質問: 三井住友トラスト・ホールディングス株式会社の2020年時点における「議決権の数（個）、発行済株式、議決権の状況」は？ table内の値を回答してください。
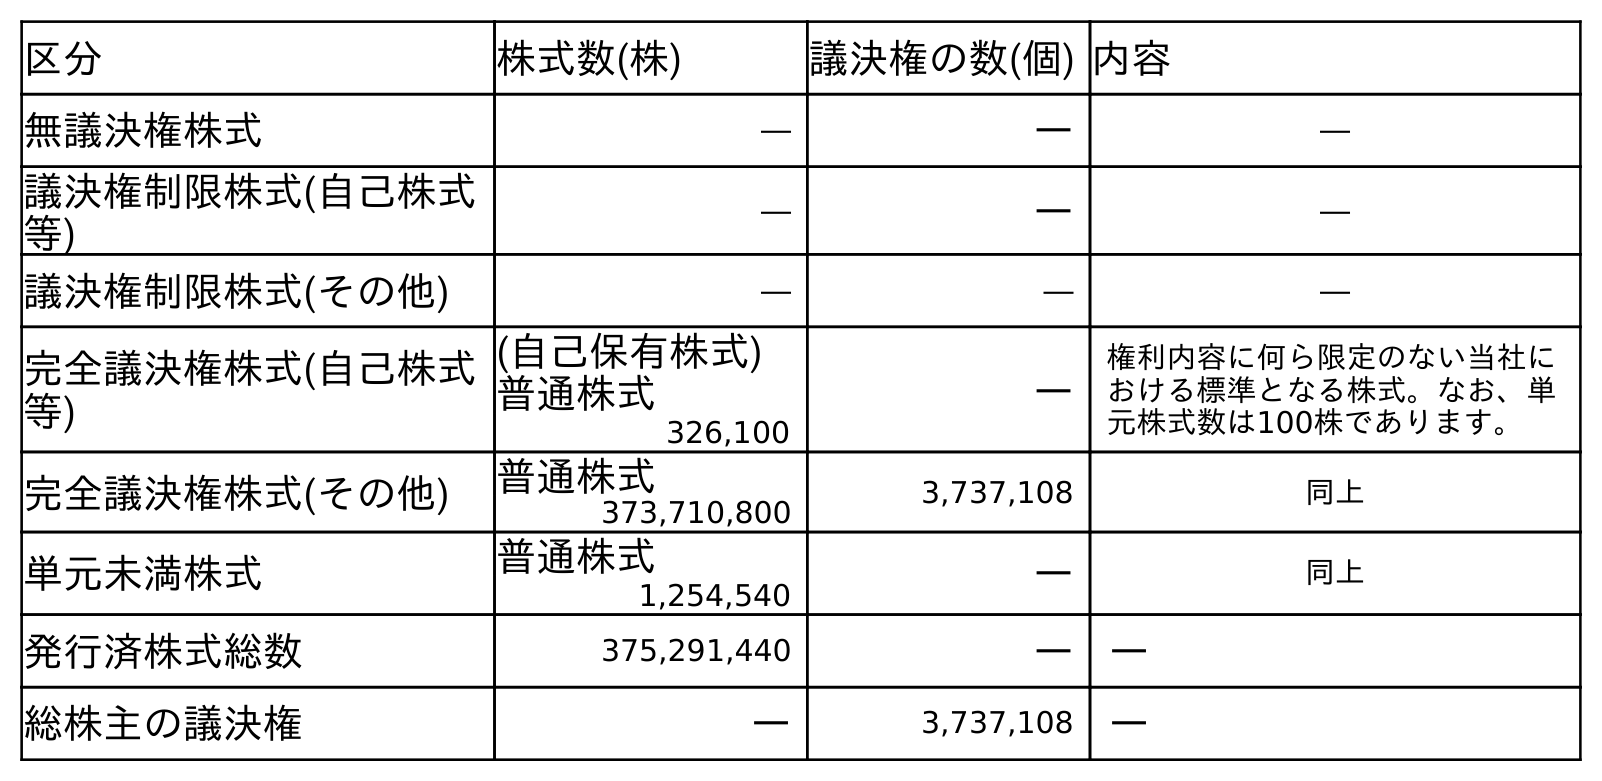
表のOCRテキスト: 区分 株式数(株) 議決権の数(個) 内容 無議決権株式 ― ― ― 議決権制限株式(自己株式 等) ― ― ― 議決権制限株式(その他) ― ― ― 完全議決権株式(自己株式 等) (自己保有株式) 普通株式 ― 権利内容に何ら限定のない当社に おける標準となる株式。なお、単 元株式数は100株であります。 326,100 完全議決権株式(その他) 普通株式 3,737,108 同上 373,710,800 単元未満株式 普通株式 ― 同上 1,254,540 発行済株式総数 375,291,440 ― ― 総株主の議決権 ― 3,737,108 ―
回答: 3,737,108